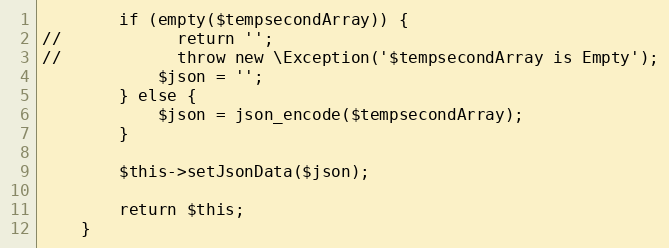
Language: PHP
        if (empty($tempsecondArray)) {
//            return '';
//            throw new \Exception('$tempsecondArray is Empty');
            $json = '';
        } else {
            $json = json_encode($tempsecondArray);
        }

        $this->setJsonData($json);

        return $this;
    }